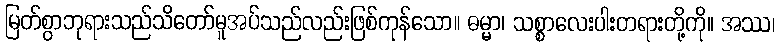
မြတ်စွာဘုရားသည်သိတော်မူအပ်သည်လည်းဖြစ်ကုန်သော။ ဓမ္မာ၊ သစ္စာလေးပါးတရားတို့ကို။ အဿ၊